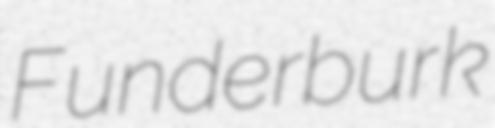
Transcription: Funderburk